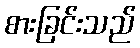
စားခြင်းသည်